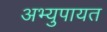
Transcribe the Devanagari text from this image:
अभ्युपायत